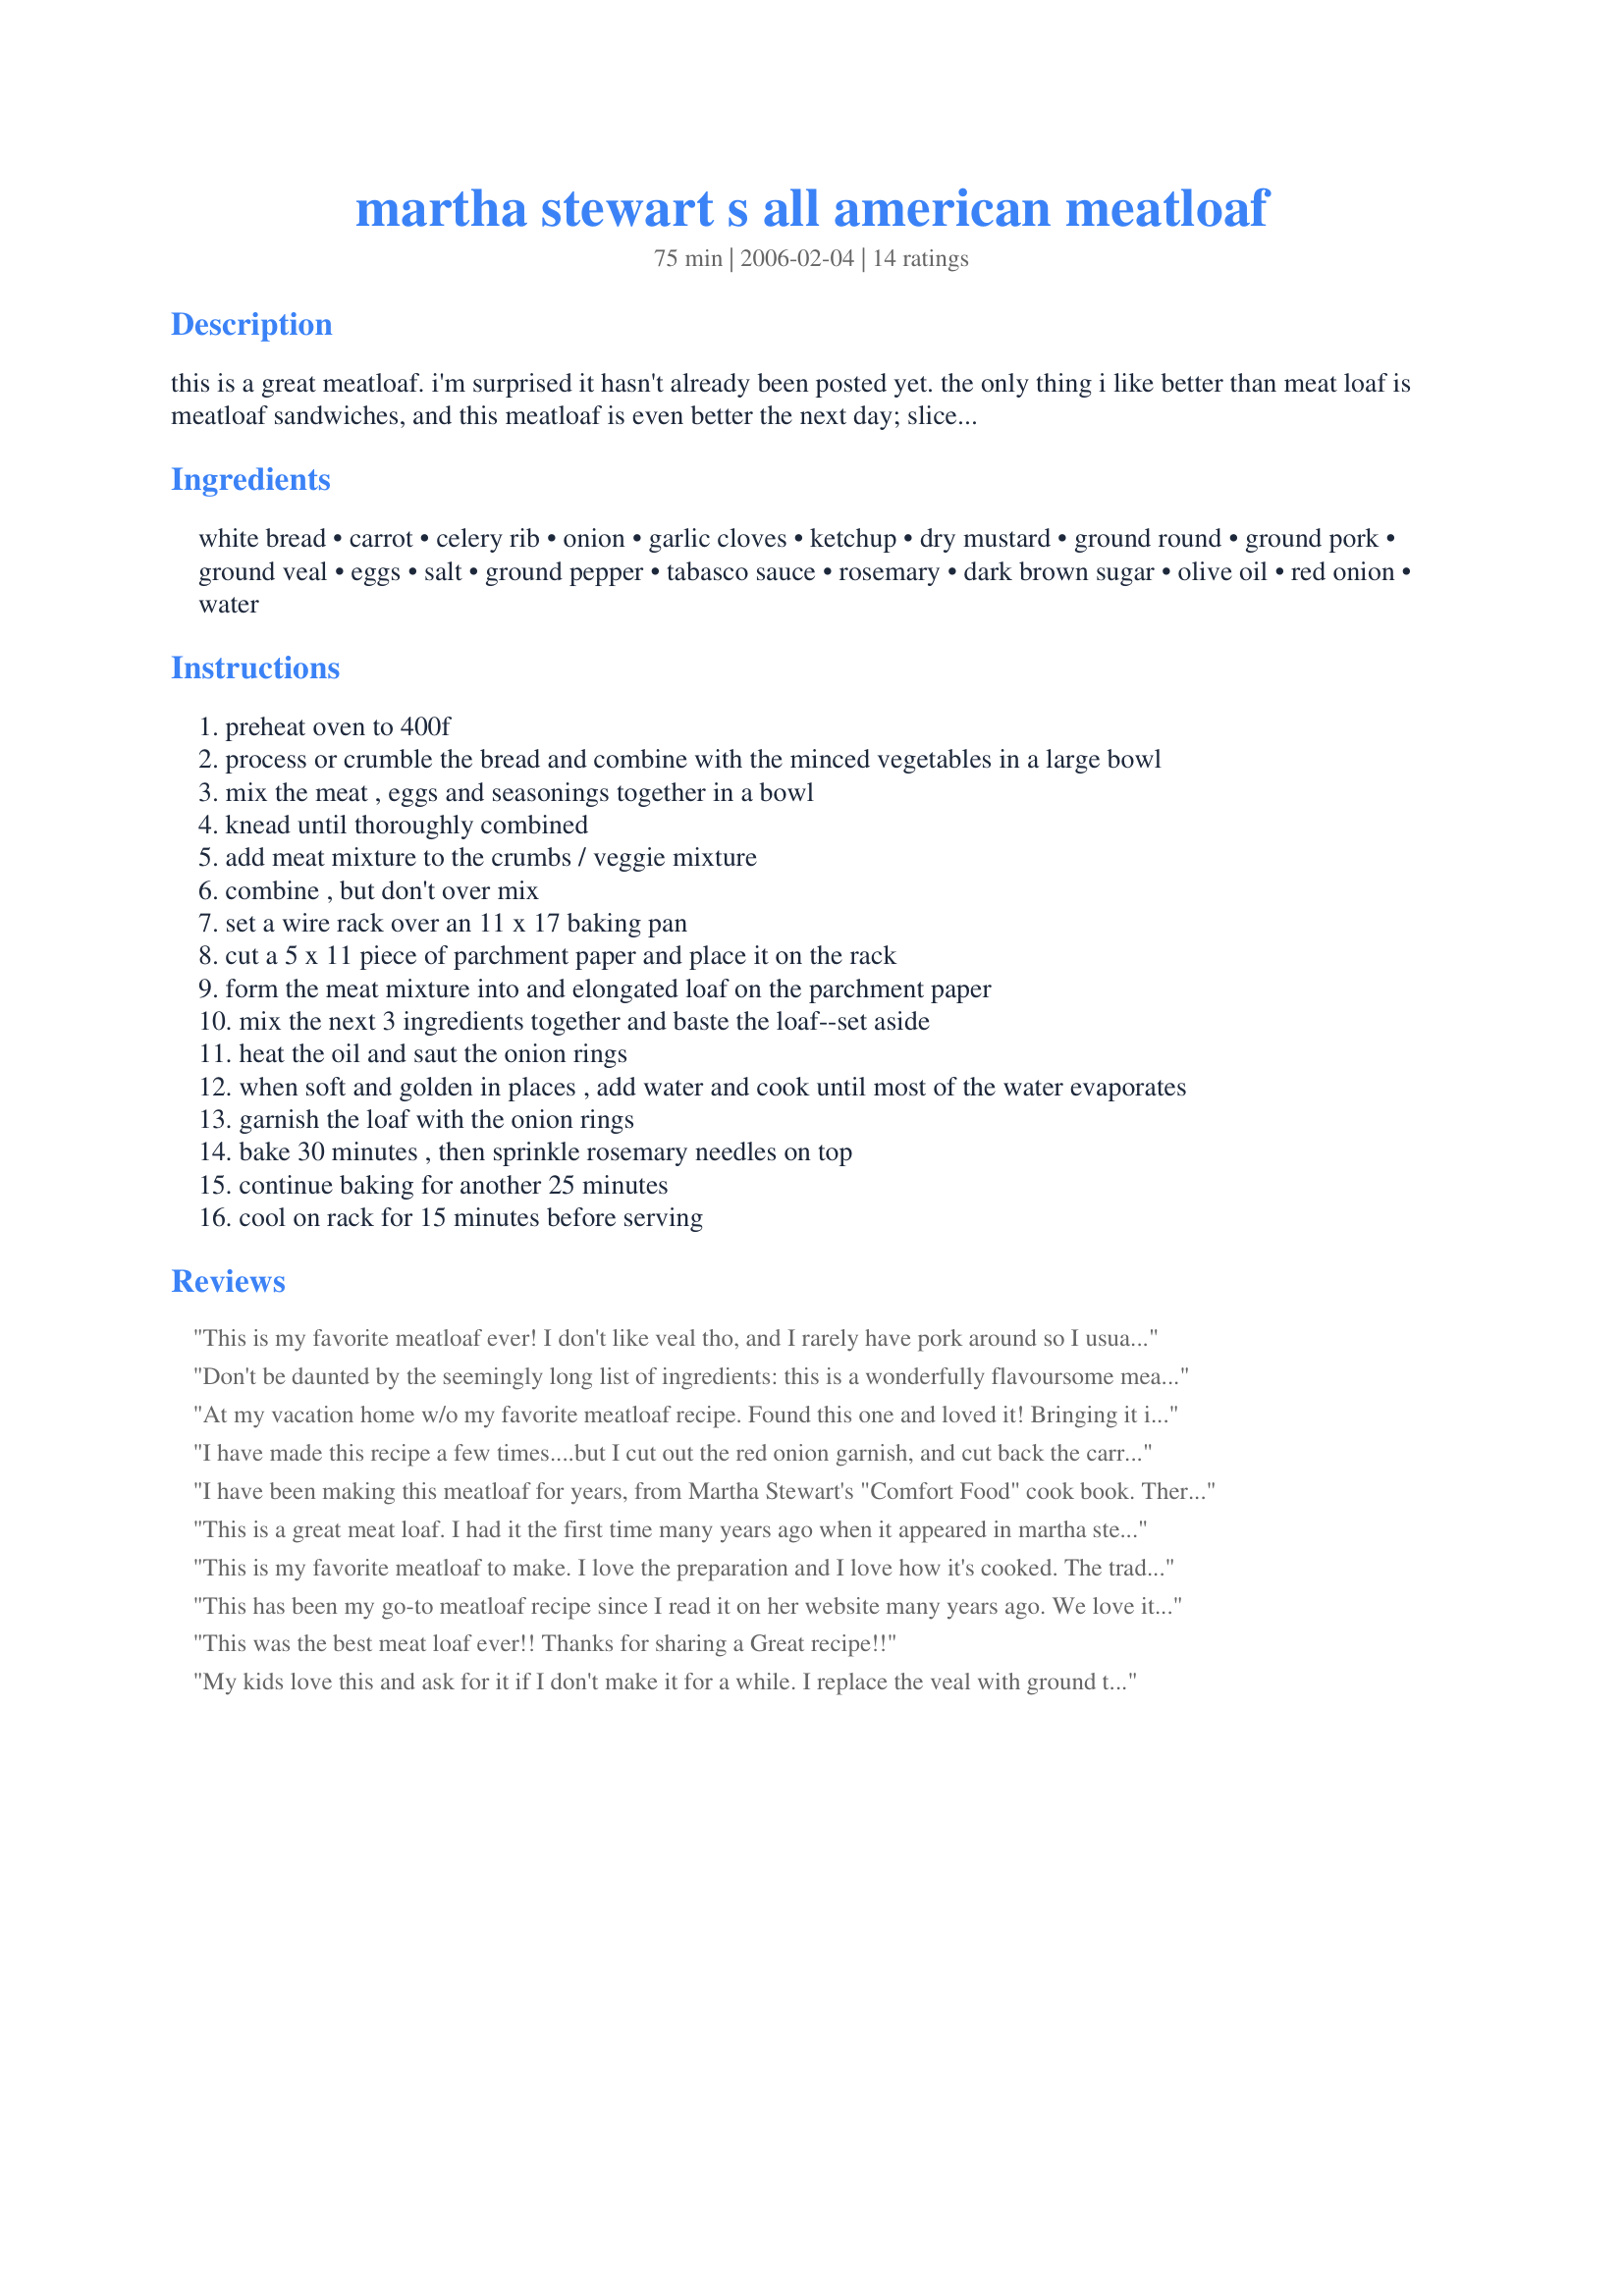
martha stewart s all american meatloaf
Preparation time: 75 minutes

this is a great meatloaf. i'm surprised it hasn't already been posted yet. the only thing i like better than meat loaf is meatloaf sandwiches, and this meatloaf is even better the next day; sliced between whole wheat bread, topped with a slice of cheese, and lots of mayo. note: i omitted the veal and adjusted the amount of beef and pork to compensate--it was still great.

Ingredients:
white bread, carrot, celery rib, onion, garlic cloves, ketchup, dry mustard, ground round, ground pork, ground veal, eggs, salt, ground pepper, tabasco sauce, rosemary, dark brown sugar, olive oil, red onion, water

Steps:
preheat oven to 400f
process or crumble the bread and combine with the minced vegetables in a large bowl
mix the meat , eggs and seasonings together in a bowl
knead until thoroughly combined
add meat mixture to the crumbs / veggie mixture
combine , but don't over mix
set a wire rack over an 11 x 17 baking pan
cut a 5 x 11 piece of parchment paper and place it on the rack
form the meat mixture into and elongated loaf on the parchment paper
mix the next 3 ingredients together and baste the loaf--set aside
heat the oil and saut the onion rings
when soft and golden in places , add water and cook until most of the water evaporates
garnish the loaf with the onion rings
bake 30 minutes , then sprinkle rosemary needles on top
continue baking for another 25 minutes
cool on rack for 15 minutes before serving

Reviews:
This is my favorite meatloaf ever! I don't like veal tho, and I rarely have pork around so I usually just use ground beef and it's completely delicious. I also happen to agree with Peg Bracken that "rosemary is for remembrance" and not food, so I leave that out, too:-) The topping is pretty gross looking when you mix it up, but have faith-- once cooked, it tastes great!
Don't be daunted by the seemingly long list of ingredients: this is a wonderfully flavoursome meatloaf, made so flavoursome because of the wonderful blend of what are essentially really quick to put together ingredients. My favourite meatloaves are those made with a mixture of meats and this one was no exception. I omitted the Tabasco sauce, I used 6 cloves of minced garlic (personal taste preferences) and I used half water and half merlot when cooking the onions (next time I'll use all merlot), but otherwise I made this exactly to the recipe. Thank you for sharing this recipe. It’s one I'll certainly be making again!
At my vacation home w/o my favorite meatloaf recipe. Found this one and loved it! Bringing it into line with my fav, and using what I had on hand, substituted pork flavored stuffing for the bread, added 1/2 minced fresh pear (no carrots), my own bbq sauce instead of ketchup and used 16 oz turkey, 16 oz pork and 8 oz beef (or so-whatever was avail pre-packaged at the store). Used 1 tablespoon Stubbs Wing Sauce for the tabasco and made into 4 small loaves. Smoked those puppies for 2 hrs, added glaze and smoked for another 30 mins. To Die For.
I have made this recipe a few times....but I cut out the red onion garnish, and cut back the carrots to a half cup. I have made it with pork, beef and ground moose.....so delicious.
I have been making this meatloaf for years, from Martha Stewart's "Comfort Food" cook book. There is one item you didn't list in ingredients, 1/2 cup chopped fresh parsley. It does add more to this meatloaf. I always make extra of the glaze and onions to go on top too. This meatloaf makes other meatloaf recipes so boring. Always a crowd pleaser!
This is a great meat loaf. I had it the first time many years ago when it appeared in martha stewart living. My husband repeatedly ask for me to make it.
This is my favorite meatloaf to make. I love the preparation and I love how it's cooked. The traditional loaf pan style just doesn't cut it compared to this!!
I have been making this dish for over 6yrs now.. stole the recipe from my moms Martha cookbook (that I bought her for x-mas.. hehe)
This has been my go-to meatloaf recipe since I read it on her website many years ago. We love it. I substitute ground white turkey for the veal, that probably helps a little with the fat per serving, which is scary, but also I think it serves 8 or more.
This was the best meat loaf ever!! Thanks for sharing a Great recipe!!
My kids love this and ask for it if I don't make it for a while. I replace the veal with ground turkey and use barbecue sauce instead of the ketchup, mustard, and brown sugar just to make it easier. I also put the onion in the loaf instead of going to the extra trouble to garnish. But still very good.
The best meatloaf recipe I have found. Great as is but can easily be tweaked and experimented with.
I wish I could rate this recipe higher - it's all there in terms of ingredients but my family just didn't enjoy it. My kids kept remarking that it tasted 'strange' and I think it must have been the dry mustard - can't for the life of me think what else it could have been. Anyway, only DH and I ate our meatloaf and we have a lot of leftovers. The kids got a cheese sandwich (2 of the 3 kids are normally not picky at all). It did make a light meatloaf, texturally, which both DH and I liked.
You don't identify the spices etc. that are supposed to be used to coat the loaf. You don't identify what you call &quot;spices&quot;... recipe is a total waste. Go find the original, you'll be far better off. You left out the parsley in the original as well... Do your homework next time.
I made this for my boyfriend who was married to a gourmet cook for 22 years and he raved about it. Way to go Martha!
